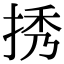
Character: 𢭆